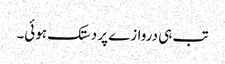
تب ہی دروازے پر دستک ہوئی۔